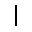
\mid